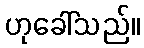
ဟုခေါ်သည်။